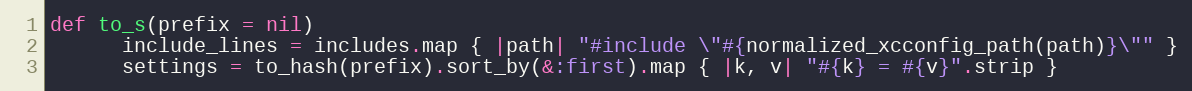
Language: Ruby
def to_s(prefix = nil)
      include_lines = includes.map { |path| "#include \"#{normalized_xcconfig_path(path)}\"" }
      settings = to_hash(prefix).sort_by(&:first).map { |k, v| "#{k} = #{v}".strip }